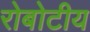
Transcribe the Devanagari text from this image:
रोबोटीय